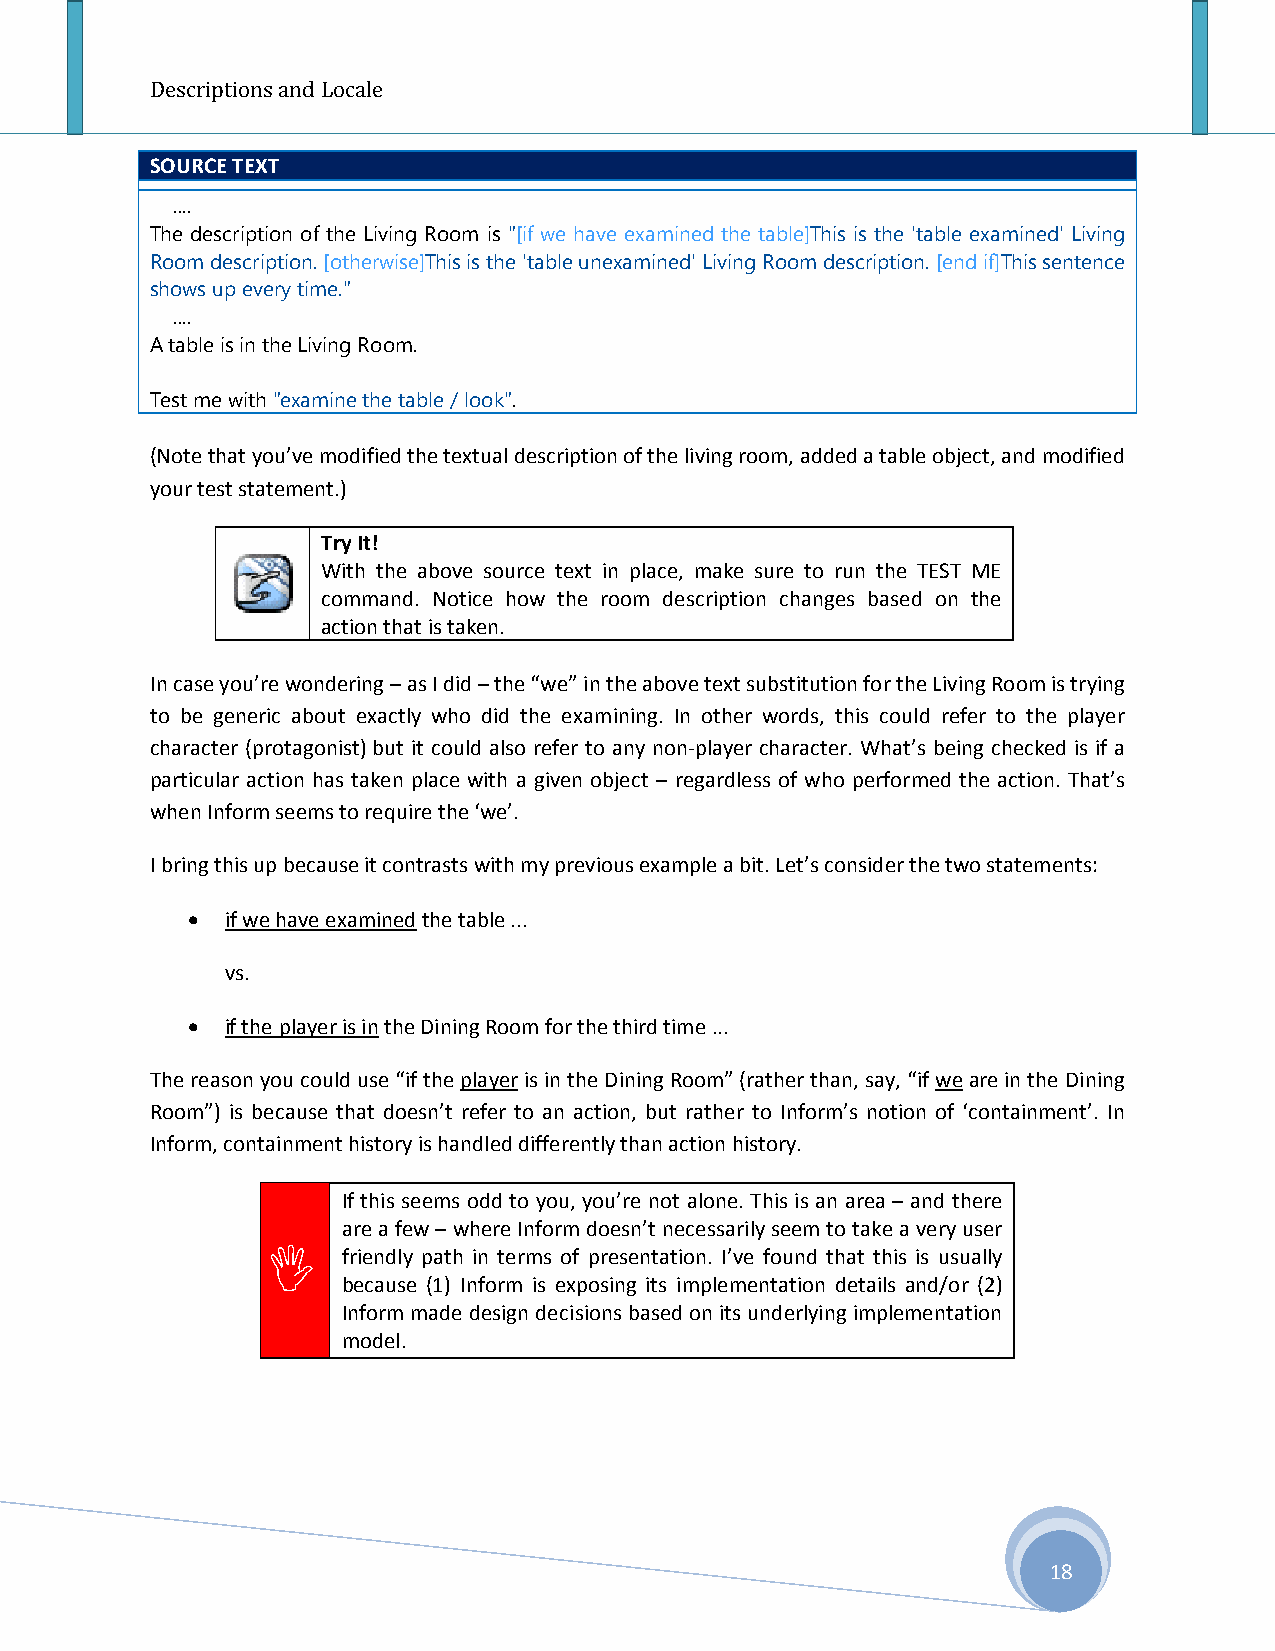
Descriptions and Locale
 SOURCE TEXT
 ....
 The description of the Living Room is "[if we have examined the table]This is the 'table examined' Living
 Room description. [otherwise]This is the 'table unexamined' Living Room description. [end if]This sentence
 shows up every time."
 ....
 A table is in the Living Room.
 Test me with "examine the table / look".
 (Note that you’ve modified the textual description of the living room, added a table object, and modified
 your test statement.)
 Try It!
 With the above source text in place, make sure to run the TEST ME
 command. Notice how the room description changes based on the
 action that is taken.
 In case you’re wondering – as I did – the “we” in the above text substitution for the Living Room is trying
 to be generic about exactly who did the examining. In other words, this could refer to the player
 character (protagonist) but it could also refer to any non-player character. What’s being checked is if a
 particular action has taken place with a given object – regardless of who performed the action. That’s
 when Inform seems to require the ‘we’.
 I bring this up because it contrasts with my previous example a bit. Let’s consider the two statements:
 •  if we have examined the table ...
 vs.
 •  if the player is in the Dining Room for the third time ...
 The reason you could use “if the player is in the Dining Room” (rather than, say, “if we are in the Dining
 Room”) is because that doesn’t refer to an action, but rather to Inform’s notion of ‘containment’. In
 Inform, containment history is handled differently than action history.
 If this seems odd to you, you’re not alone. This is an area – and there
 are a few – where Inform doesn’t necessarily seem to take a very user
     friendly path in terms of presentation. I’ve found that this is usually
 because (1) Inform is exposing its implementation details and/or (2)
 Inform made design decisions based on its underlying implementation
 model.
 18